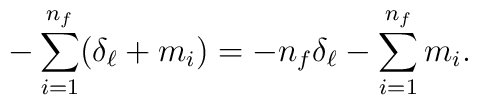
- \sum_{i=1}^{n_{f}} (\delta_{\ell} + m_{i})        = - n_{f} \delta_{\ell} - \sum_{i=1}^{n_{f}} m_{i}.